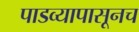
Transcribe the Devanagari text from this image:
पाडव्यापासूनच